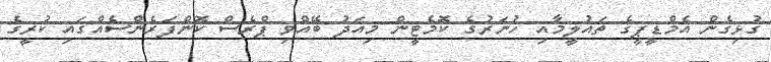
ގުޅިގެން އެމްޑީޕީގެ ތައުލީމާއި ހުނަރުގެ ކޮމެޓީން މިއަދު ބޭއްވި ޕްރެސް ކޮންފަރެންސެއްގައި ކުރީގެ